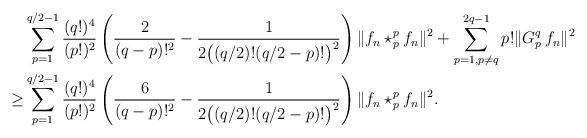
LaTeX: \begin{align*}&\sum_{p=1}^{q/2 - 1} \frac{(q!)^4}{(p!)^2}\left(\frac{2}{(q-p)!^2} - \frac{1}{2\big((q/2)!(q/2 - p)!\big)^2} \right) \|f_n\star_p^p f_n \|^2 + \sum_{p=1, p\neq q}^{2q-1} p! \|G_p^q\,f_n \|^2 \\\ge&\sum_{p=1}^{q/2 - 1} \frac{(q!)^4}{(p!)^2}\left(\frac{6}{(q-p)!^2} - \frac{1}{2\big((q/2)!(q/2 - p)!\big)^2} \right) \|f_n\star_p^p f_n \|^2.\end{align*}